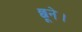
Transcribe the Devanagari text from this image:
छूने।